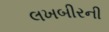
લખબીરની